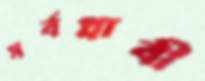
সর্বপ্লাবী